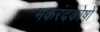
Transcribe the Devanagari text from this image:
मकरंदकोषों